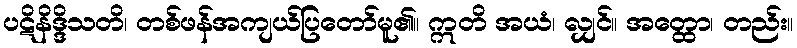
ပဋိနိဒ္ဒိသတိ၊ တစ်ဖန်အကျယ်ပြတော်မူ၏။ ဣတိ အယံ၊ လျှင်။ အတ္ထော၊ တည်း။